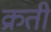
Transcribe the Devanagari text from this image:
क्रती